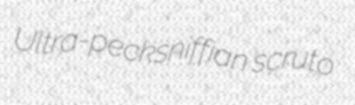
Ultra-pecksniffian scruto